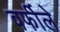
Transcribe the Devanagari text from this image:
वर्फीले